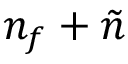
n _ { f } + \tilde { n }